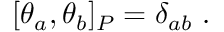
[ \theta _ { a } , \theta _ { b } ] _ { P } = \delta _ { a b } \ .